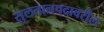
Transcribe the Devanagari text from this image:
सुलतानपदावरील